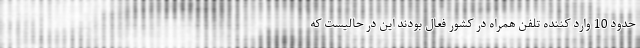
حدود 10 وارد کننده تلفن همراه در کشور فعال بودند این در حالیست که